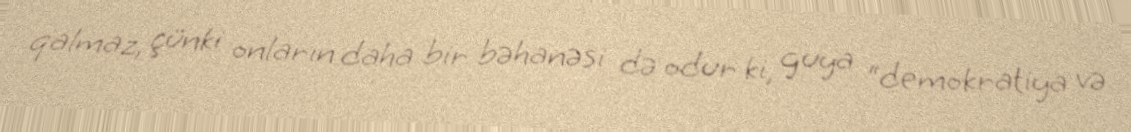
qalmaz, çünki onların daha bir bəhanəsi də odur ki, guya “demokratiya və